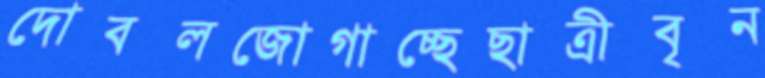
দোবলজোগাচ্ছেছাত্রীবৃন